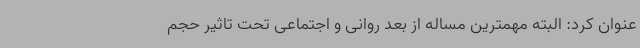
عنوان کرد: البته مهمترین مساله از بعد روانی و اجتماعی تحت تاثیر حجم